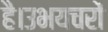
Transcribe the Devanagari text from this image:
है।उभयचरों